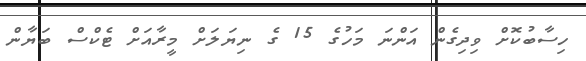
ހިސާބުކޮށް ވިދިގެން އަންނަ މަހުގެ 15 ގެ ނިޔަލަށް މީރާއަށް ޓެކްސް ބަޔާން